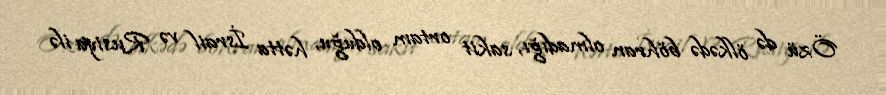
Özü də ölkədə böhran olmadığı, sakit ortam olduğu, hətta İsrail və Rusiya ilə